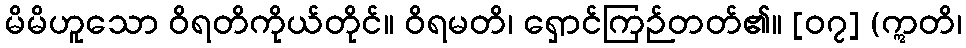
မိမိဟူသော ဝိရတိကိုယ်တိုင်။ ဝိရမတိ၊ ရှောင်ကြဉ်တတ်၏။ [၀၇] (ဣတိ၊